Civil Veterinary Department Bihar reports 1940-50 - 1940-1950
Year: 1940
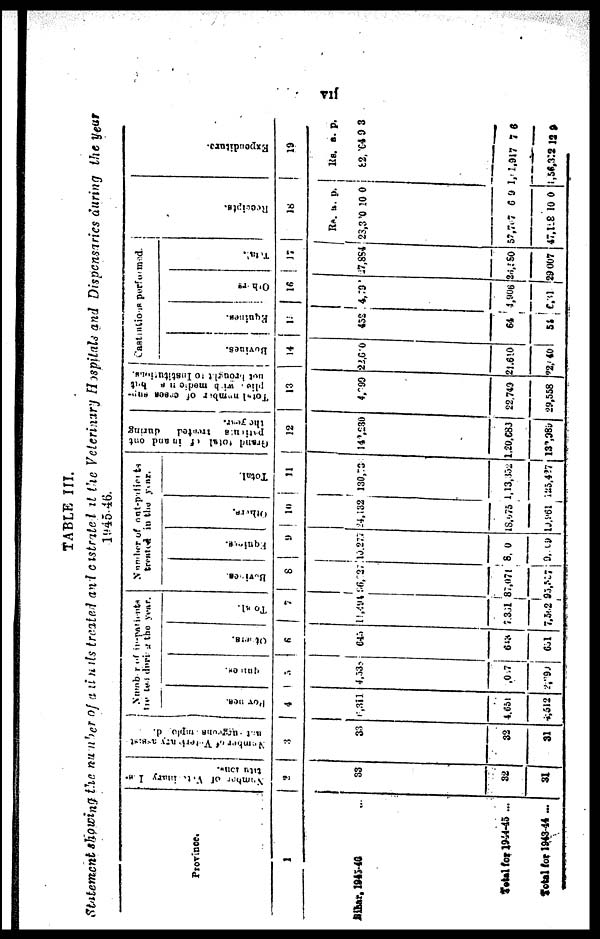
vii
TABLE III.
Statement showing the number of animals treated and distated it the Veterinary Hospitals and Dispensaries during the year
1945-46.
Province.
1
Bihar. 1943-44 ...
Total for 1942-43
Total for 1943-44 ...
Number of Veterinary Ins-
titution
.
2
33
32
31
Number of Veterinary assist-
ant
employed
3
33
32
31
Number of in-patients
treated during the year
Bovince.
4
6,311
4,531
4,5l2
Equines
5
4,330
9,7
2,393
Others.
6
645
642
651
Total.
7
11,494
7,861
7,512 8
Number of out-patients
treated in the
Bovines.
8
96,737
87,971
3,587
Equines.
9
19,277
8, 0
9,09
Others.
10
24,132
18,075
19,961
Total.
11
139,73
1,13,352
123,427
Grand total of in and out
patients treated during
the year.
12
14,230
1,20,683
12,989
plie. with medicane but
not throught to Institutions.
13
4,299
22,749
29,558
Castrations performed.
Bovines.
14
22,600
21,610
2,40
Equines.
15
432
64
54
Other
16
4,79
4,906
0,31
Total.
17
27,884
23,380
29,007
Receipts.
18
Rs.
23,300
57,707
47,128
a.
10
6
10
p.
0
9 1
0
Expendi t
ur e.
19
Rs.
82, 6
1,917
1,54,302 12
a.
4 9 8
7 6
8
p.